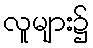
လူများ၌